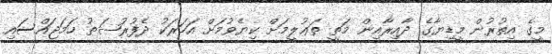
މީގެ އިތުރުން މީޑިޔާގެ ދާއިރާއިން މަތީ ތަޢުލީމަށް ކިޔެވުމަށް އަހަރަކު ދެފުރުޞަޠު ހަމަޖައްސައި